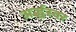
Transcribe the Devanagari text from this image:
अर्द्धस्वर